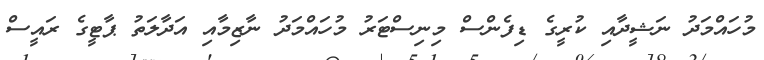
މުހައްމަދު ނަޝީދާއި ކުރީގެ ޑިފެންސް މިނިސްޓަރު މުހައްމަދު ނާޒިމާއި އަދާލަތު ޕާޓީގެ ރައީސް